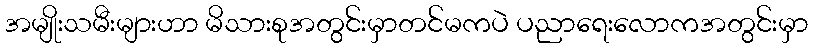
အမျိုးသမီးများဟာ မိသားစုအတွင်းမှာတင်မကပဲ ပညာရေးလောကအတွင်းမှာ